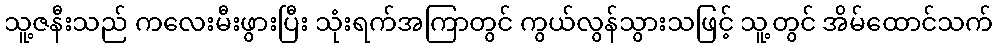
သူ့ဇနီးသည် ကလေးမီးဖွားပြီး သုံးရက်အကြာတွင် ကွယ်လွန်သွားသဖြင့် သူ့တွင် အိမ်ထောင်သက်